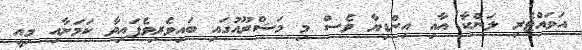
އަވައްޓެރި ލަންކާ އާއި އިންޑިޔާ ވެސް މި މަޝްރޫއުގައި ބައިވެރިވެފައިވާ ކަމަށާއި މިއީ